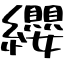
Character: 纓